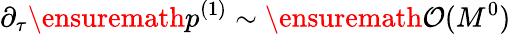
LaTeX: \partial_{\tau}\ensuremath{p^{(1)}}\sim\ensuremath{\mathcal{O}(M^{0})}